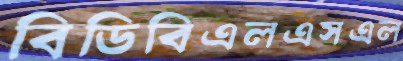
বিডিবিএলএসএল